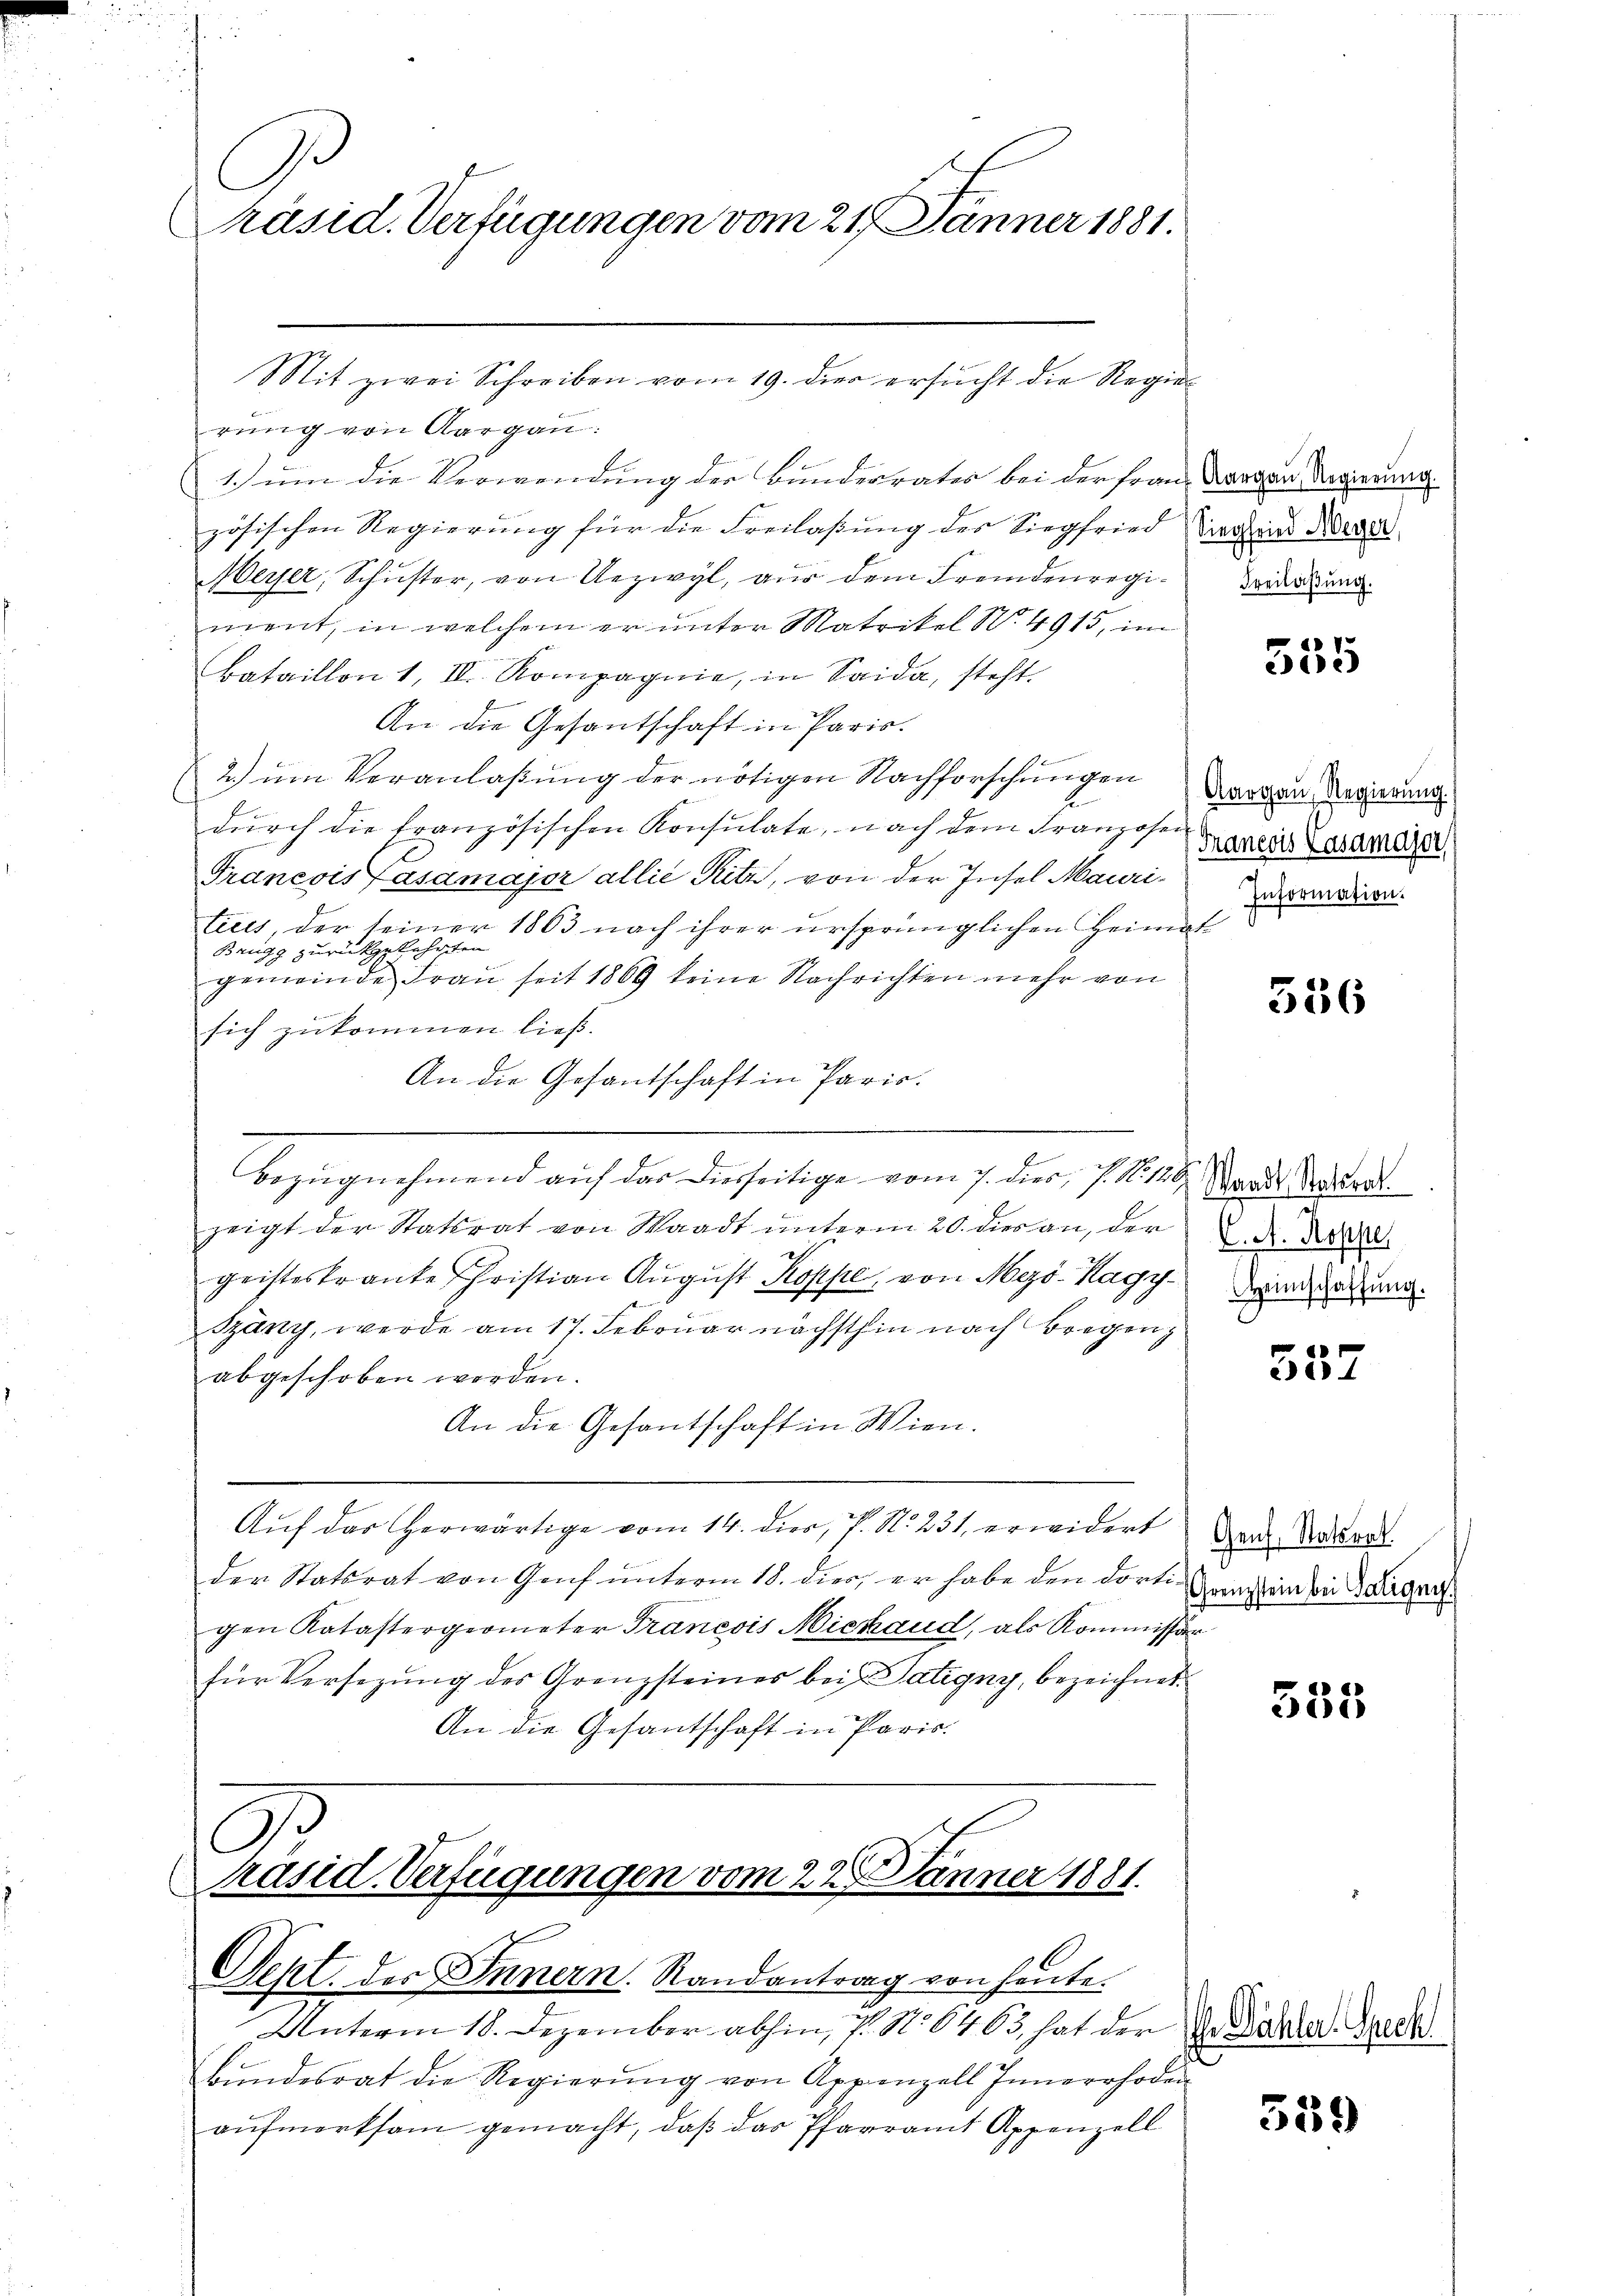
1
G
Präsid. Verfügungen vom 21. Jänner 1881.

rung von Aargau:
1.) um die Verwendung der Bundesrates bei der Frau. Aargau Regierung
zösischen Regierung für die Freilaßung der Siegfried Wagen Werde
Meyer, Schuster, von Uezwyl, aus dem Fremdenregi¬ Forderun
ment, in welchem er unter Matrikel N. 4915, im
Bataillon 1, II. Kompagnie, in Saida, steht.
An die Gesantschaft in Paris.
2.) um Veranlaßung der nötigen Nachforschungen
dŭrch die französischen Konsulate, nach dem Franzosen
Francois Pasamajor allié Kitz, von der Insel Mauri-
ticis, der seiner 1863 nach ihrer ursprünglichen Heimat
Brugg zurückgekehrten
gemeinde Fraŭ seit 1869 keine Nachrichten mehr von
sich zukommen ließ.
An die Gesandschaft in Paris.
Bezugnehmend auf das diesseitige vom 7. dies, s. No 128. Stande Aador
zeigt der Statsrat von Waadt unterm 20. dies an, der
geistes trante Christian August Koppe, von Myo-Hagy- Deine
Szäny, werde am 17. Februar nächsthin nach Bregen
abgeschoben werden.
An die Gesantschaft in Wien.
Auf das herwärtige vom 14. dies, V. N. 231, erwidert
der Statsrat von Genf unterm 18. dies, er habe den dortigen Katastergeometer Francois Michaud, als Kommissär
für Versetzŭng des Grenzsteines bei Satigny, bezeichnet.
An die Gesantschaft in Paris.

Mit zwei Schreiben vom 19. die ersucht die Regie¬

.
räsid. Verfügungen vom 22. Jänner 1881.
E
Sept. des Innern. Randantrag von heute.

Unterm 18. Dezember abhin, 7. No 6463 hat der der Dohler. Zech
Bŭndesrat die Regierŭng von Appenzell Innerrhoden
aŭfmerksam gemacht, daβ das Pfarramt Appenzell

535

Aargau, Regierung
Francois Kasamajor,
Information.
s

336

C. A. Koppe

357

Genf, Statsrat
Grenzstein bei Patigny

555

559